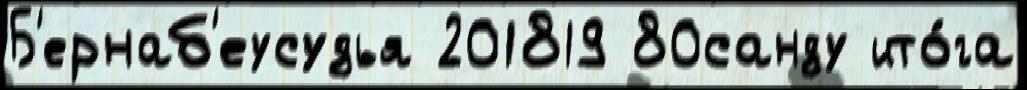
Б'ернаб'еусудья 201819 80санду ито́га